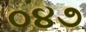
૦૪૭